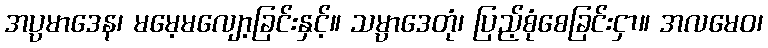
အပ္ပမာဒေန၊ မမေ့မလျော့ခြင်းနှင့်။ သမ္ပာဒေတုံ၊ ပြည့်စုံစေခြင်းငှာ။ အလမေဝ၊